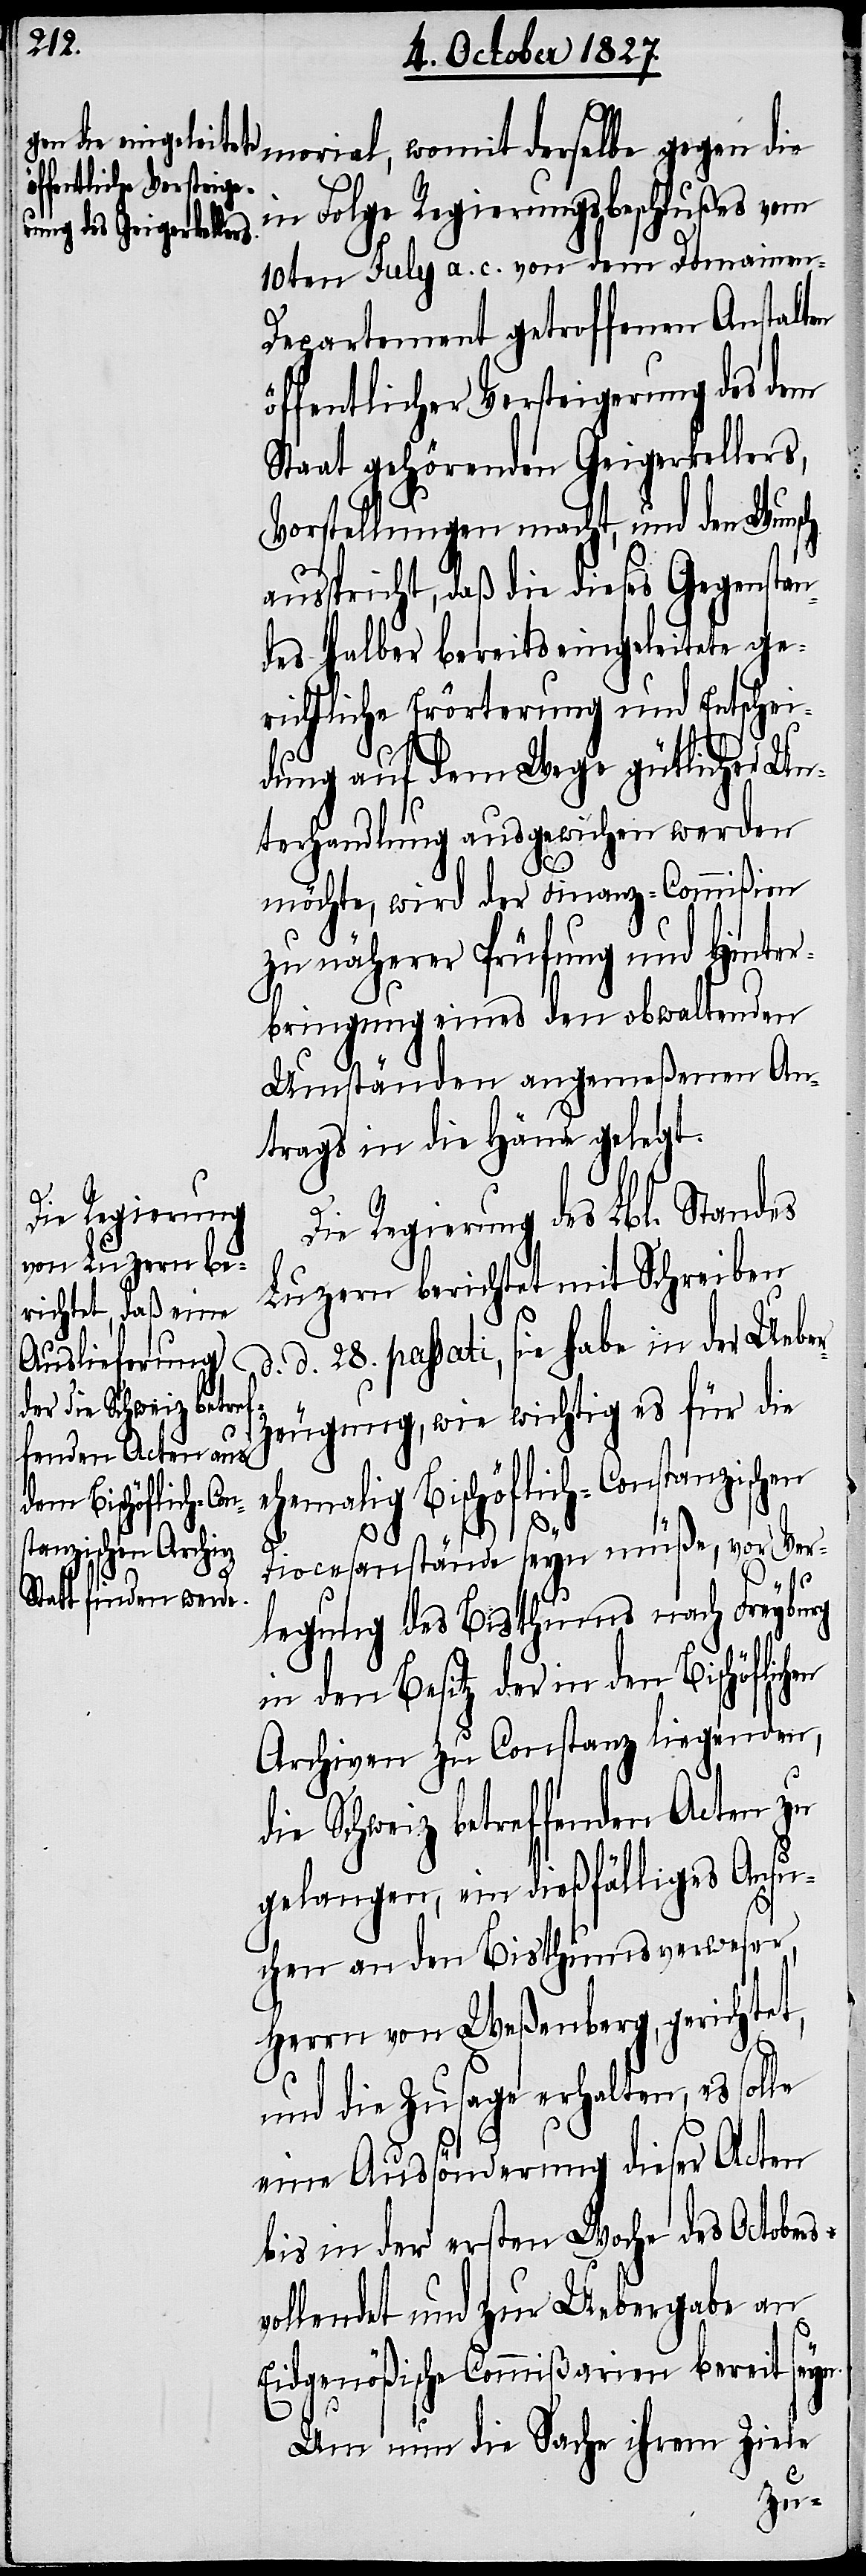
in Folge Regierungsbeschlußes vom
10ten July a. c. von dem Domainen-D¬
epartement getroffenen Anstalten
öffentlicher Versteigerung des dem
Staat gehörenden Geigerkellers,
Vorstellungen macht, und den Wunsch
ausspricht, daß die dieses Gegenstan¬
des halber bereits eingeleitete ge¬
richtliche Erörterung und Entschei¬
dung auf dem Wege gütlicher Un¬
terhandlung ausgewichen werden
morial,
möchte, wird der Finanz-Commißion
zu näherer Prüfung und Hinter¬
bringung eines den obwaltenden
Umständen angemeßenen An¬
trags in die Hände gelegt.
Die Regierung des Lbl. Standes
Luzern berichtet mit Schreiben
d. 28. passati, sie habe in der Uebe¬
derselbe gegen die
rzeugung, wie wichtig es für die
ehemalig Bischöflich-Constanzisch¬
en
Diocesanstände seyn müße, vor Ver¬
legung des Bisthums nach Freyburg
in den Besitz der in den bischöflichen
Archiven zu Constanz liegenden,
die Schweiz betreffenden Acten zu
gelangen, ein dießfälliges Ansu¬
chen an den Bisthumsverweser,
Herrn von Weßenberg, gerichtet,
und die Zusage erhalten, es solle
eine Aussönderung dieser Acten
bis in der ersten Woche des Octobers
vollendet und zur Uebergabe an
Eidgenößische Commißarien bereit seyn.
Um nun die Sache ihrem Ziele